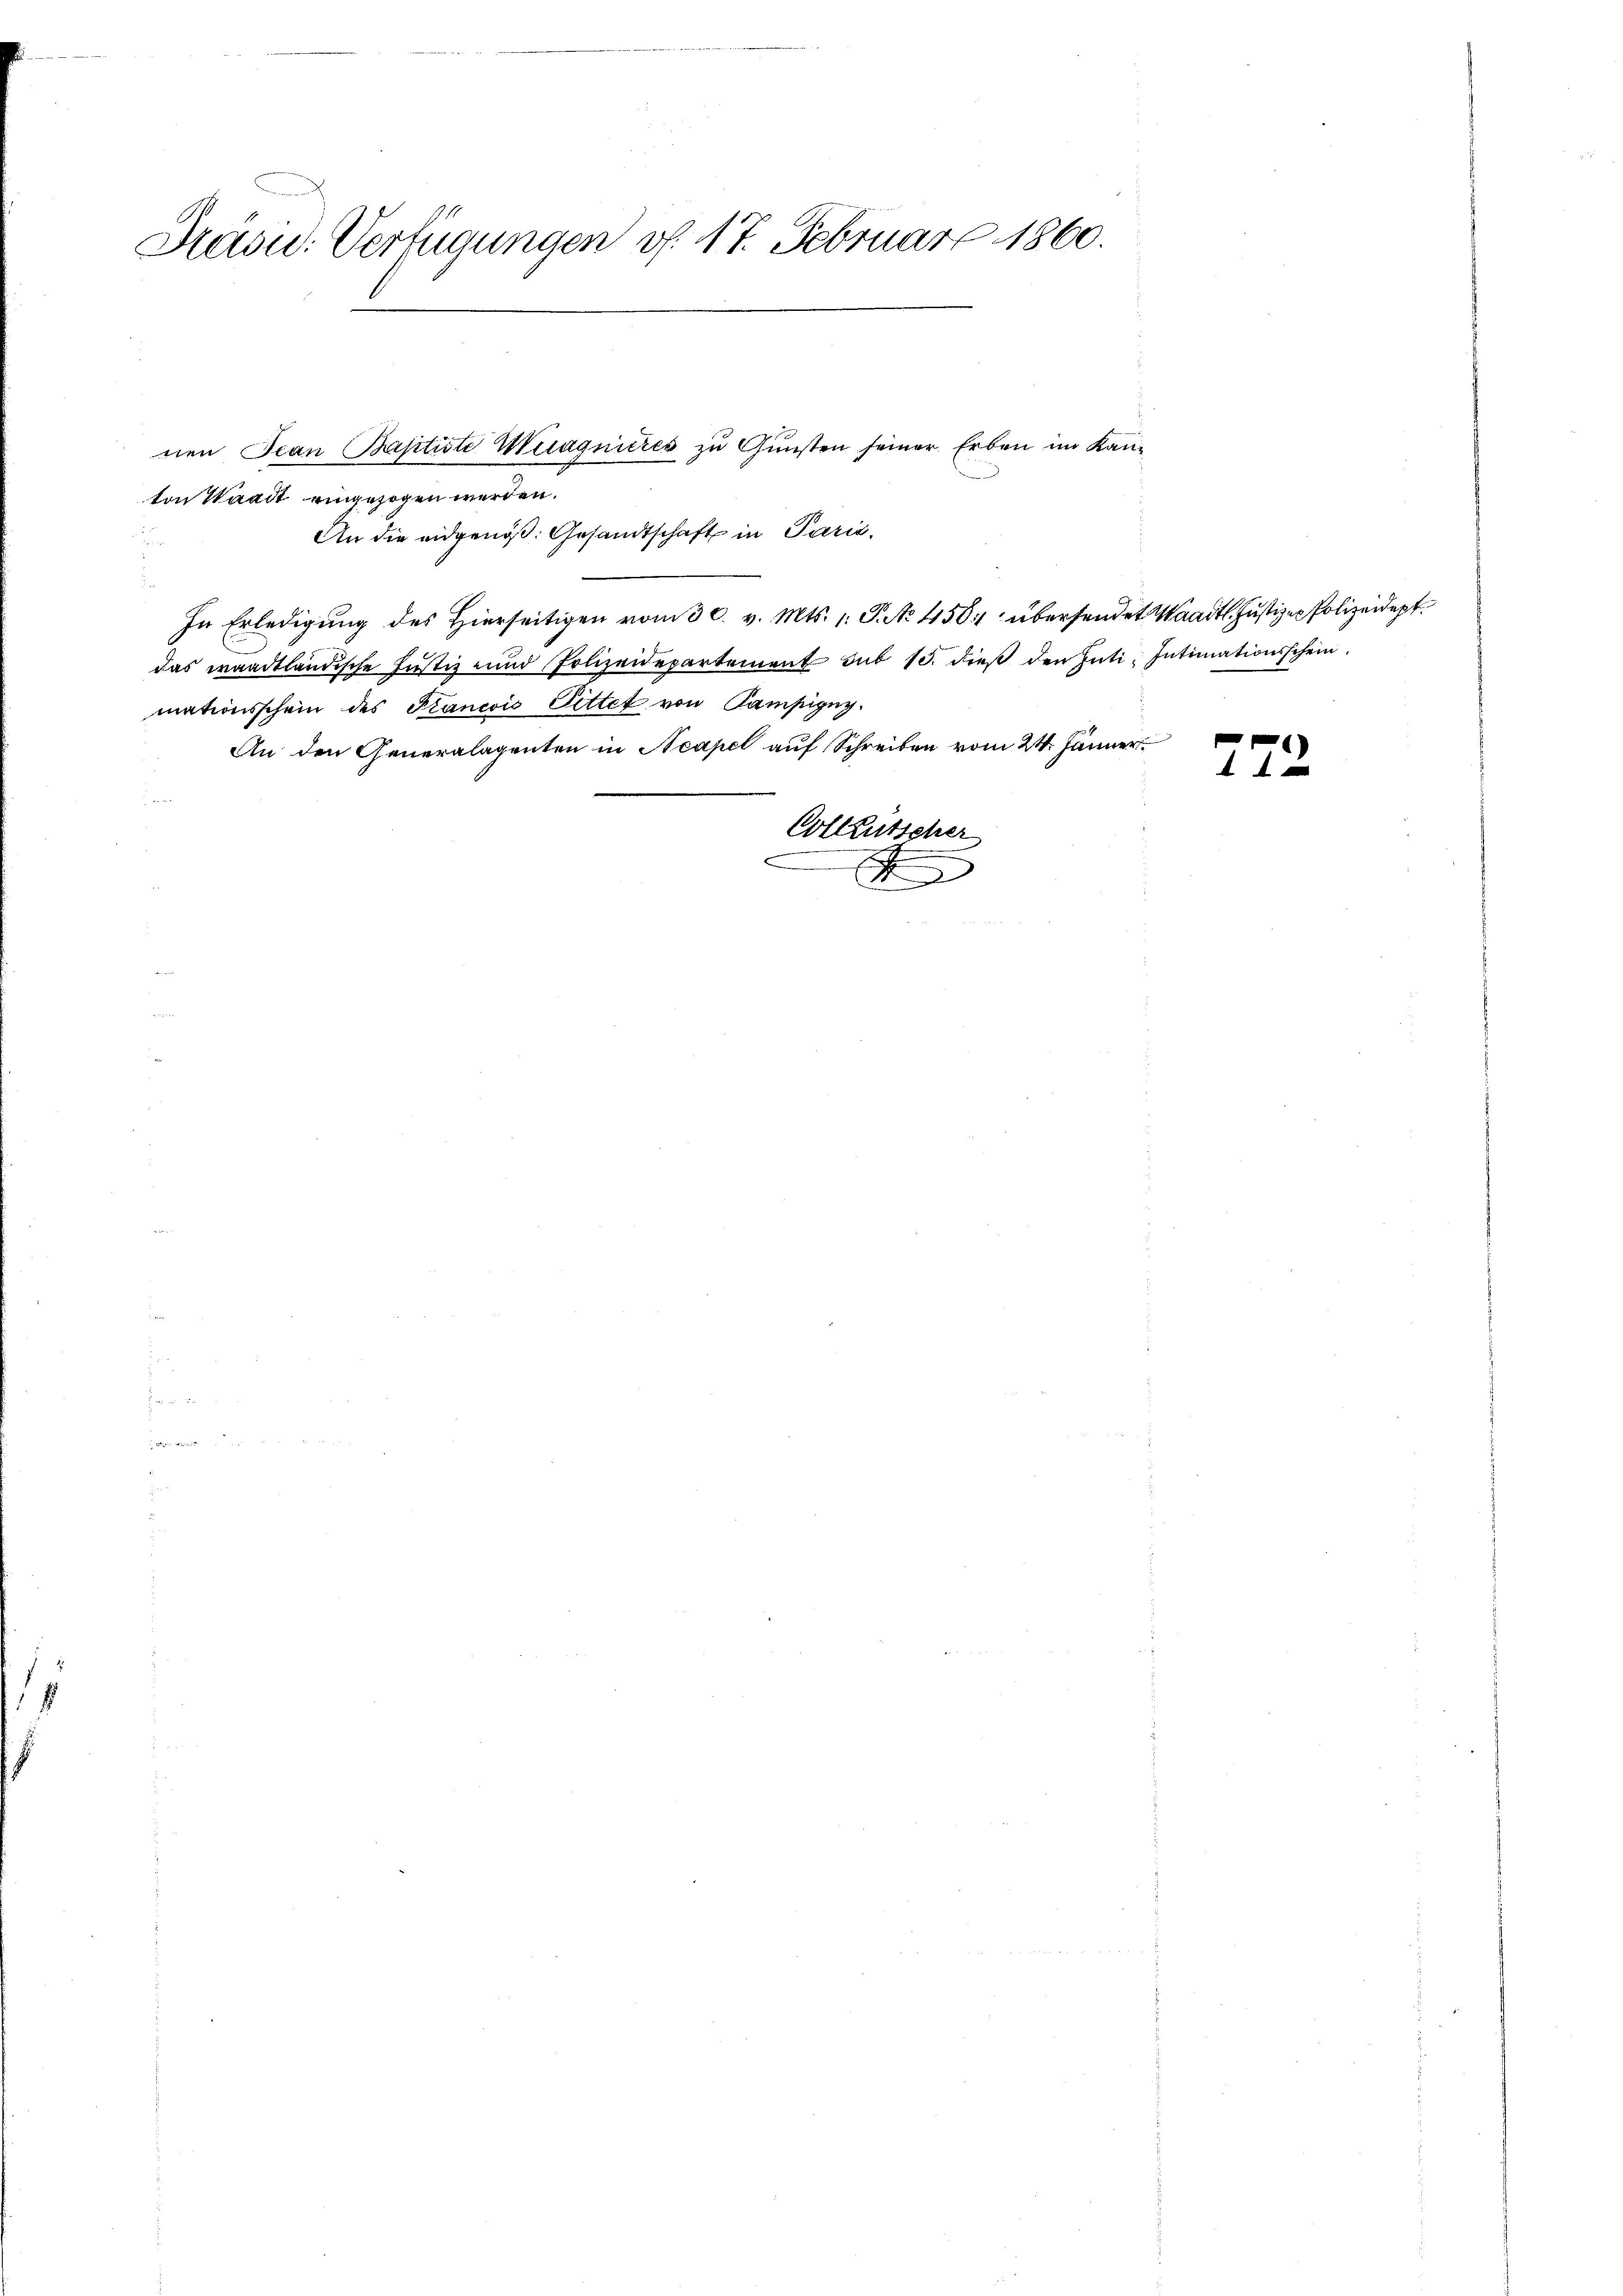
f

Präsie: Verfügungen v. 17. Februar 1860.

ton Waadt eingezogen werden.
An die eidgenöß: Gesandtschaft in Parić.
In Erledigung des hierseitigen vom 30. v. Mts. 1. P. No 450 übersendet Waadt. Justizen Polizeidept.
das waadtländische Justiz und Polizeidepartement sub 15. dies den Inti. Intimationsschein
mationsschein des Francois Pittet von Kampizug.
An den Generalagenten in Neapel auf Schreiben vom 21. Jänner
Colleutscher
F

nen Jean Baptiste Wiragnieres zu Gunsten seiner Erben im Kan¬

272